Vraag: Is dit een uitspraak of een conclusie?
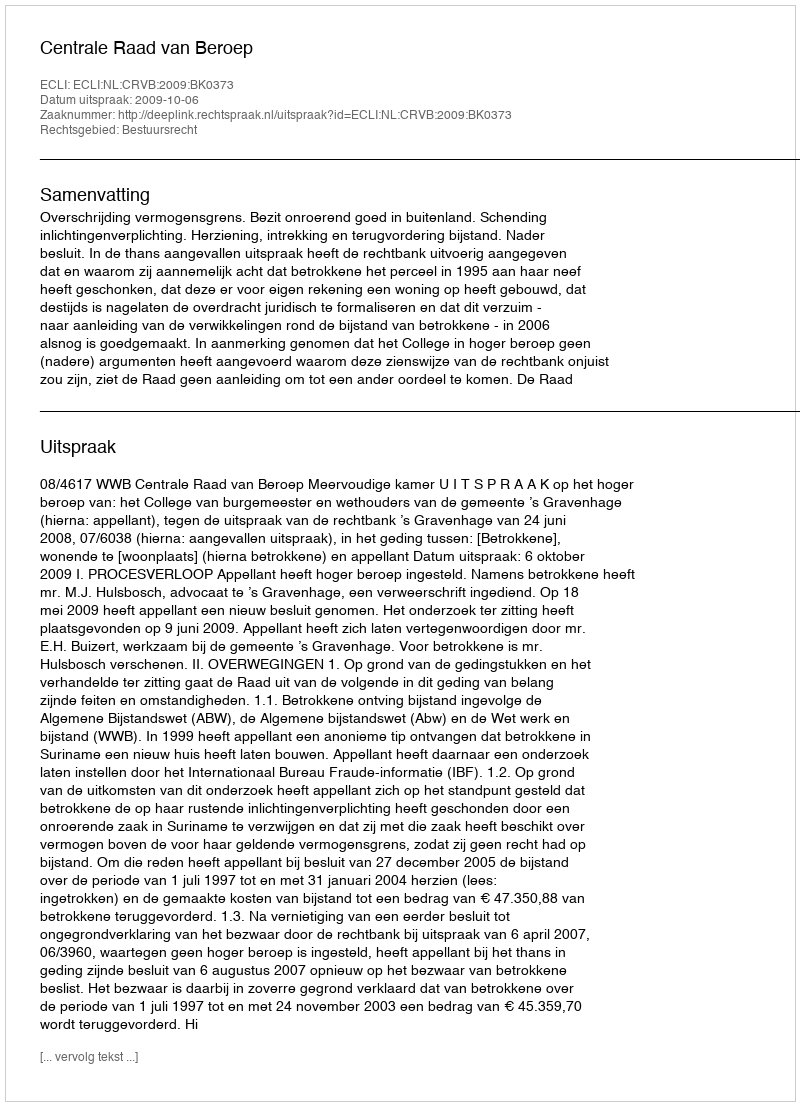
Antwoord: Uitspraak